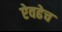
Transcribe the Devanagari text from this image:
ऐवढेच